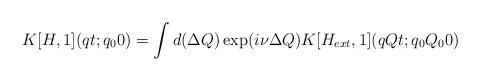
LaTeX: \begin{align*}K[H,1](qt;q_00) = \int d(\Delta Q) \exp(i\nu \Delta Q) K[H_{ext},1](qQt;q_0Q_00) \end{align*}